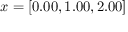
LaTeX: x = [ 0 . 0 0 , 1 . 0 0 , 2 . 0 0 ]